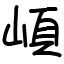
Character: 崸